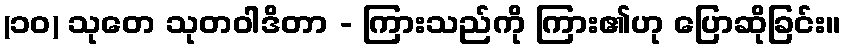
(၁၀) သုတေ သုတဝါဒိတာ - ကြားသည်ကို ကြား၏ဟု ပြောဆိုခြင်း။